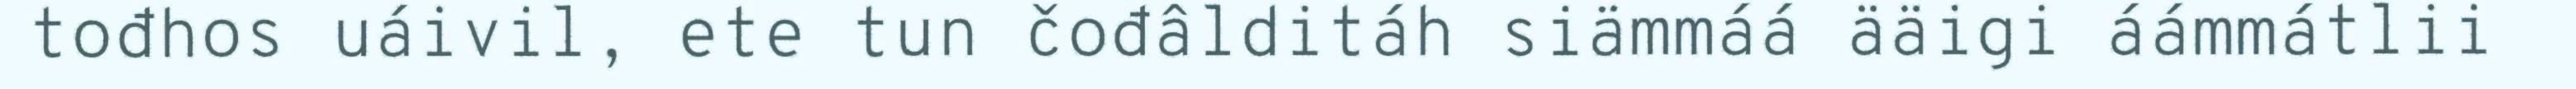
tođhos uáivil, ete tun čođâlditáh siämmáá ääigi áámmátlii